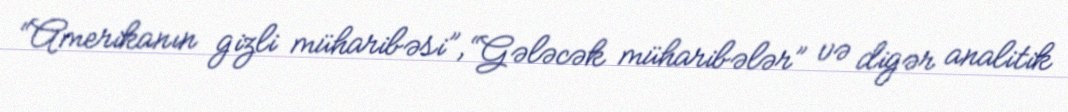
“Amerikanın gizli müharibəsi”, “Gələcək müharibələr” və digər analitik